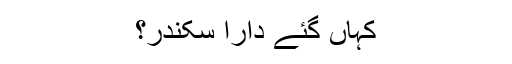
کہاں گئے دارا سکندر؟